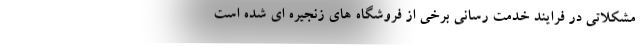
مشکلاتی در فرایند خدمت رسانی برخی از فروشگاه های زنجیره ای شده است